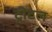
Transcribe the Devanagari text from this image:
ट्रीटल